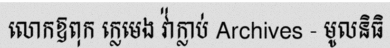
លោកឱពុក ក្លេមេង វ៉ាក្លាប់ Archives - មូលនិធិ